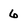
Character: 6